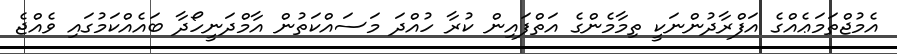
އެމުޖްތަމަޢެއްގެ އަފްރާދުންނަކީ ތިމާމެންގެ އަތްފައިން ކުރާ ހުއްދަ މަސައްކަތުން އާމްދަނީހޯދާ ބައެއްކަމުގައި ވެއްޖެ